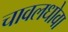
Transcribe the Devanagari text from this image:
चावलधोवा